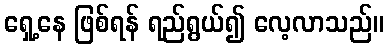
ရှေ့နေ ဖြစ်ရန် ရည်ရွယ်၍ လေ့လာသည်။